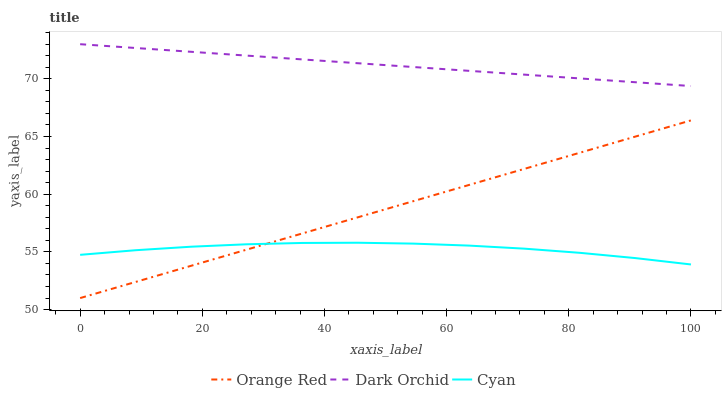
| xaxis_label | Orange Red | Dark Orchid | Cyan |
 | --- | --- | --- | --- |
 | 0 | 51 | 73 | 54.7 |
 | 9.09 | 52.4 | 72.7 | 55.1 |
 | 18.2 | 53.8 | 72.3 | 55.5 |
 | 27.3 | 55.2 | 72 | 55.7 |
 | 36.4 | 56.6 | 71.7 | 55.8 |
 | 45.5 | 58 | 71.4 | 55.8 |
 | 54.5 | 59.4 | 71 | 55.7 |
 | 63.6 | 60.8 | 70.7 | 55.5 |
 | 72.7 | 62.2 | 70.4 | 55.3 |
 | 81.8 | 63.6 | 70 | 54.9 |
 | 90.9 | 65 | 69.7 | 54.5 |
 | 100 | 66.4 | 69.4 | 53.9 |